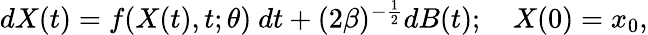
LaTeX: \begin{array}{r}{dX(t)=f(X(t),t;\theta)\ dt+(2\beta)^{-\frac{1}{2}}dB(t);\quad X(0)=x_{0},}\end{array}